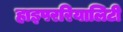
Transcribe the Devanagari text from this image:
हाइपररियालिटी